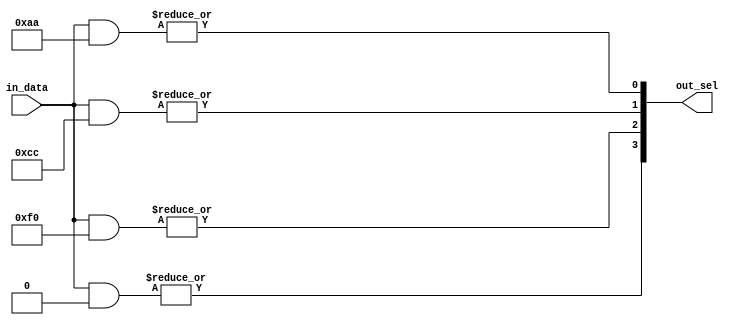
// This program was cloned from: https://github.com/ryuz/jelly
// License: MIT License

// ---------------------------------------------------------------------------
//  Jelly  -- The platform for real-time computing
//
//                                 Copyright (C) 2008-2020 by Ryuz
//                                 https://github.com/ryuz/jelly.git
// ---------------------------------------------------------------------------



`timescale 1ns / 1ps
`default_nettype none



// bit encoder
module jelly_bit_encoder
        #(
            parameter   DATA_WIDTH = 8,
            parameter   SEL_WIDTH  = DATA_WIDTH <     2 ?  1 :
                                     DATA_WIDTH <     4 ?  2 :
                                     DATA_WIDTH <     8 ?  3 :
                                     DATA_WIDTH <    16 ?  4 :
                                     DATA_WIDTH <    32 ?  5 :
                                     DATA_WIDTH <    64 ?  6 :
                                     DATA_WIDTH <   128 ?  7 :
                                     DATA_WIDTH <   256 ?  8 :
                                     DATA_WIDTH <   512 ?  9 :
                                     DATA_WIDTH <  1024 ? 10 :
                                     DATA_WIDTH <  2048 ? 11 :
                                     DATA_WIDTH <  4096 ? 12 :
                                     DATA_WIDTH <  8192 ? 13 :
                                     DATA_WIDTH < 16384 ? 14 :
                                     DATA_WIDTH < 32768 ? 15 : 16,
            parameter   PRIORITYT  = 0,
            parameter   LSB_FIRST  = 0
        )
        (
            input   wire    [DATA_WIDTH-1:0]    in_data,
            output  wire    [SEL_WIDTH-1:0]     out_sel
        );
    
    genvar  i, j;
    
    generate
    if ( PRIORITYT ) begin : blk_priority
        reg     [SEL_WIDTH-1:0]     sig_sel;
        integer                     k;
        always @* begin
            sig_sel = {SEL_WIDTH{1'bx}};
            if ( LSB_FIRST ) begin
                for ( k = DATA_WIDTH-1; k >= 0; k = k-1 ) begin
                    if ( in_data[k] ) begin
                        sig_sel = k;
                    end
                end
            end
            else begin
                for ( k = 0; k < DATA_WIDTH; k = k+1 ) begin
                    if ( in_data[k] ) begin
                        sig_sel = k;
                    end
                end
            end
        end
        assign out_sel = sig_sel;
    end
    else begin : blk_onehot
        // make mask
        wire    [SEL_WIDTH*DATA_WIDTH-1:0]  bit_mask;
        for ( i = 0; i < SEL_WIDTH; i = i+1 ) begin : loop_mask
            for ( j = 0; j < DATA_WIDTH; j = j+1 ) begin : loop_bit
                assign bit_mask[i*DATA_WIDTH + j] = ((j & (1 << i)) != 0);
            end
        end
        
        // bit encode
        for ( i = 0; i < SEL_WIDTH; i = i+1 ) begin  : loop_sel
            assign out_sel[i] = |(in_data & bit_mask[i*DATA_WIDTH +: DATA_WIDTH]);
        end
    end
    endgenerate
    
    
endmodule


`default_nettype wire


// end of file